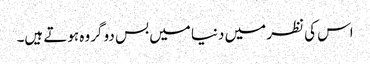
اس کی نظر میں دنیا میں بس دو گروہ ہوتے ہیں۔